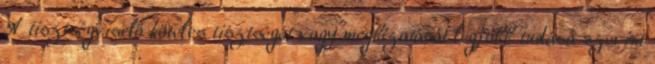
A tisztségviselő köteles tisztségét vagy megbízatását legjobb tudása szerint